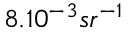
8 . 1 0 ^ { - 3 } s r ^ { - 1 }